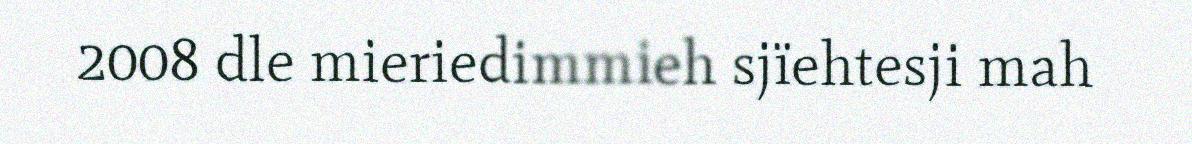
2008 dle mieriedimmieh sjïehtesji mah